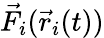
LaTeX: \vec{F}_{i}(\vec{r}_{i}(t))